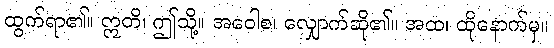
ထွက်ရာ၏။ ဣတိ၊ ဤသို့။ အဝေါစ၊ လျှောက်ဆို၏။ အထ၊ ထိုနောက်မှ။